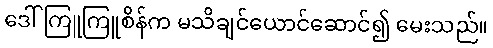
ဒေါ်ကြူကြူစိန်က မသိချင်ယောင်ဆောင်၍ မေးသည်။